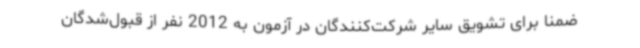
ضمناً برای تشویق سایر شرکت‌کنندگان در آزمون به 2012 نفر از قبول‌شدگان